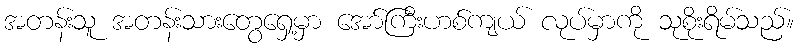
အတန်းသူ အတန်းသားတွေရှေ့မှာ အော်ကြီးဟစ်ကျယ် လုပ်မှာကို သုစိုးရိမ်သည်။